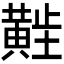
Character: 𬹑